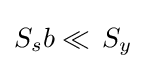
S_{s}b\ll \!\ S_{y}